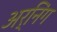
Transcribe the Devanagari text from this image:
अर्निंग